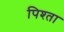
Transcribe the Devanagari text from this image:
पिश्ता